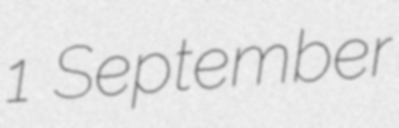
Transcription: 1 September